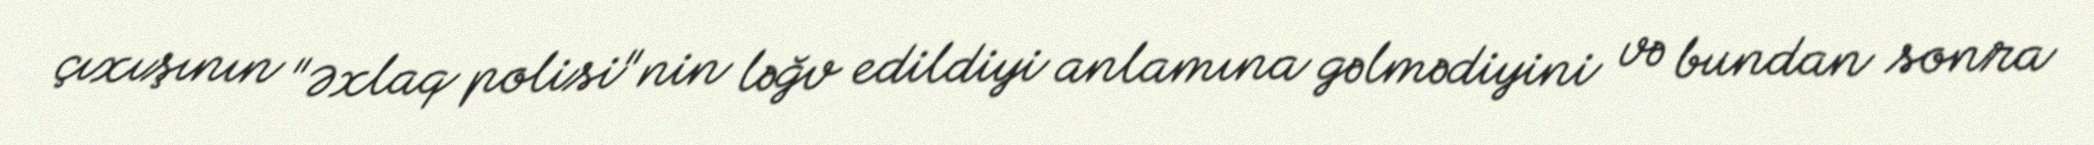
çıxışının "Əxlaq polisi"nin ləğv edildiyi anlamına gəlmədiyini və bundan sonra